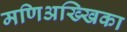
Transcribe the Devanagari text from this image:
मणिअख्खिका